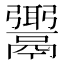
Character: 𩱓